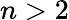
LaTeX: n>2